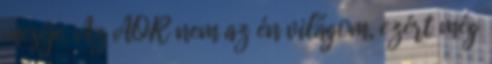
meséje. Az AOR nem az én világom, ezért még